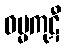
ဓမ္မကုဋီ